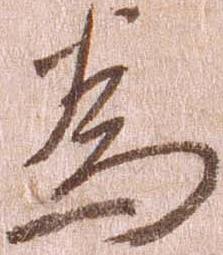
為